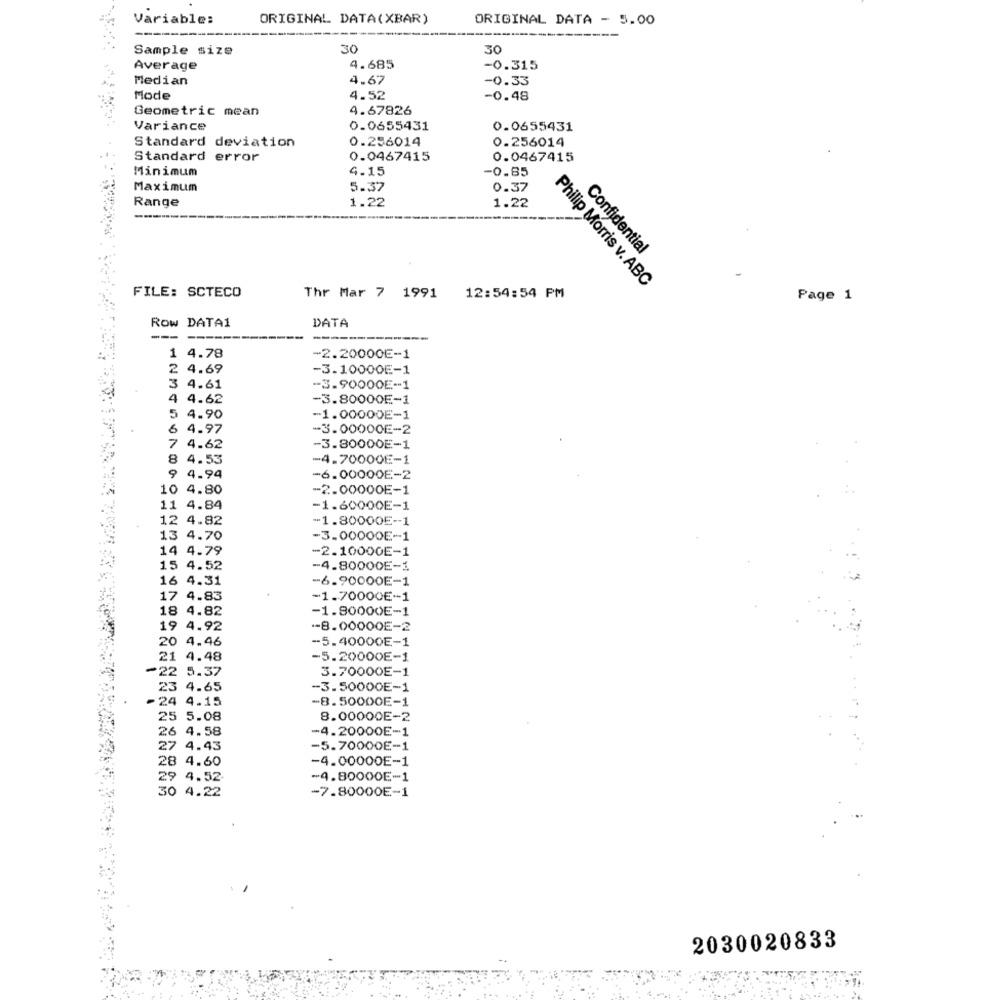
Variable:
ORIGINAL DATA(XBAR)
ORIGINAL DATA - 5.00
-----
Sample size
30
30
Average
4.685
-0.315
Median
4.67
-0.33
Mode
4.52
-0.48
Geometric mean
4.67826
Variance
0.0655431
0.0655431
Standard deviation
0.296014
0.256014
Standard error
0.0467415
0.0467415
Minimum
4.15
-0.85
Maximum
5.37
0.37
Range
1.22
1.22
Confidential
Philip Morris v. ABC
FILE: SCTECO
Thr Mar 7 1991
12:54:54 PM
Page 1
Row DATA1
DATA
- -
1 4.78
-2.20000E-1
2 4.69
-3.10000E-1
3 4.61
-- 3.90000E-1
4 4.62
-3.80000E-1
5 4.90
-1.00000E-1
6 4.97
-3.00000E-2
7 4.62
-3.80000E-1
8 4.53
-4.70000E-1
9 4.94
-6.00000E-2
10 4.80
-2.00000E-1
11 4.84
-1.60000E-1
12 4.82
-1.80000E-1
13 4.70
-3.00000E-1
14 4.79
-2.10000E-1
15 4.52
-4.80000E-1
16 4.31
-6.90000E-1
.
17 4.83
-1.70000E-1
18 4.82
-1.80000E-1
19 4.92
-8.00000E-2
20 4.46
-5.40000E-1
21 4.48
-5.20000E-1
#22 5.37
3.70000E-1
23 4.65
-3.50000E-1
24
-8.50000E-1
25 5.08
8.00000E-2
26 4.58
-4.20000E-1
27 4.43
-5.70000E-1
28 4.60
-4.00000E-1
29 4.52
-4.80000E-1
30 4.22
-7.80000E-1
2030020833